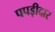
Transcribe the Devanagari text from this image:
पपड़ीदार